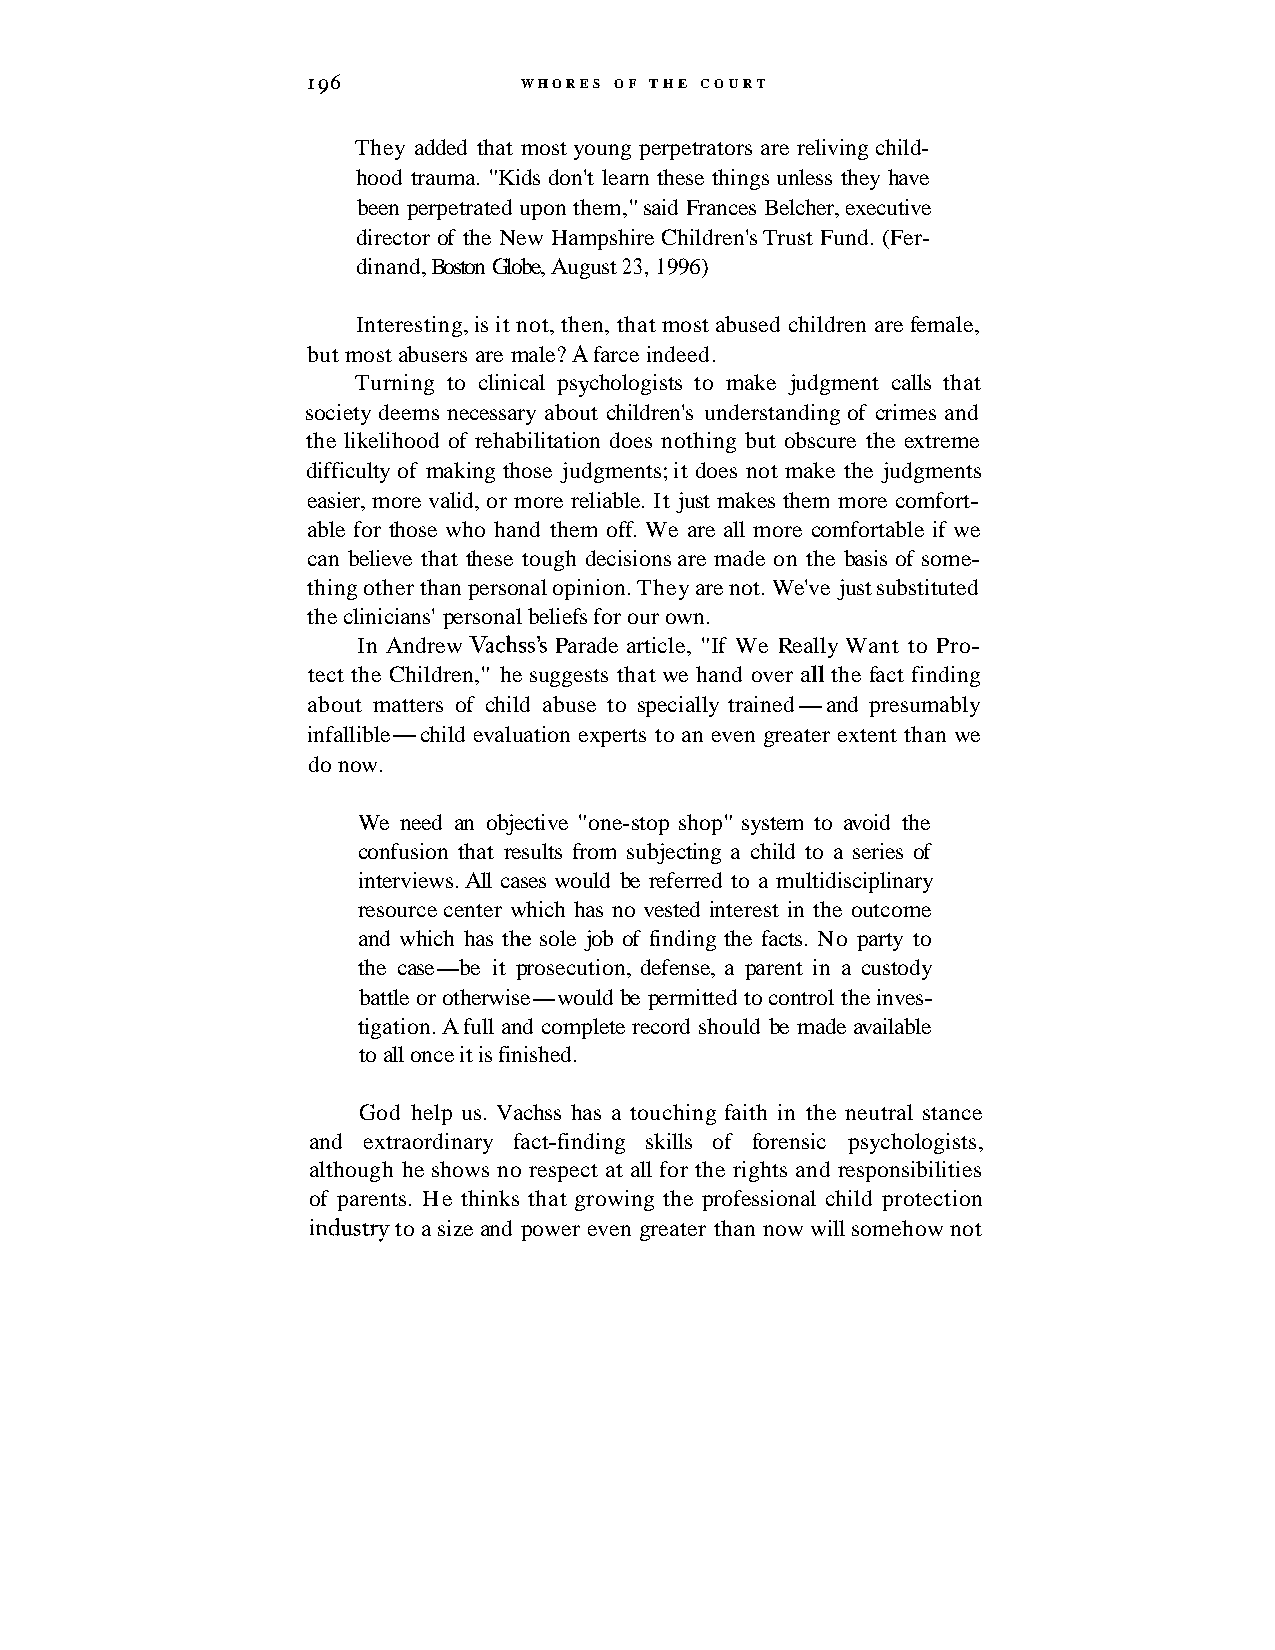
196           WHORES OF THE COURT
 They added that most young perpetrators are reliving child-
 hood trauma. "Kids don't learn these things unless they have
 been perpetrated upon them," said Frances Belcher, executive
 director of the New Hampshire Children's Trust Fund. (Fer-
 dinand, Boston Globe, August 23, 1996)
 Interesting, is it not, then, that most abused children are female,
 but most abusers are male? A farce indeed.
 Turning to clinical psychologists to make judgment calls that
 society deems necessary about children's understanding of crimes and
 the likelihood of rehabilitation does nothing but obscure the extreme
 difficulty of making those judgments; it does not make the judgments
 easier, more valid, or more reliable. It just makes them more comfort-
 able for those who hand them off. We are all more comfortable if we
 can believe that these tough decisions are made on the basis of some-
 thing other than personal opinion. They are not. We've just substituted
 the clinicians' personal beliefs for our own.
 In Andrew Vachss's Parade article, "If We Really Want to Pro-
 tect the Children," he suggests that we hand over all the fact finding
 about matters of child abuse to specially trained-and presumably
 infallible-child evaluation experts to an even greater extent than we
 do now.
 We need an objective "one-stop shop" system to avoid the
 confusion that results from subjecting a child to a series of
 interviews. All cases would be referred to a multidisciplinary
 resource center which has no vested interest in the outcome
 and which has the sole job of finding the facts. No party to
 the case-be it prosecution, defense, a parent in a custody
 battle or otherwise-would be permitted to control the inves-
 tigation. A full and complete record should be made available
 to all once it is finished.
 God help us. Vachss has a touching faith in the neutral stance
 and extraordinary fact-finding skills of forensic psychologists,
 although he shows no respect at all for the rights and responsibilities
 of parents. He thinks that growing the professional child protection
 industry to a size and power even greater than now will somehow not